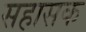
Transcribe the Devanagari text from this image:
सहासक